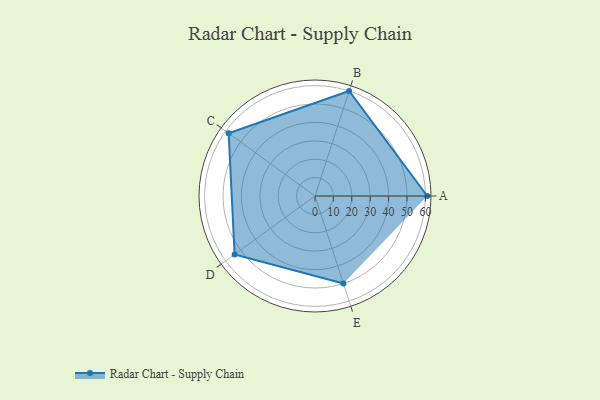
{"axis": {"x": "Skill", "y": "Score"}, "legend": ["Profile"], "data": [{"x": "A", "y": 61.0, "type": "Profile"}, {"x": "B", "y": 60.0, "type": "Profile"}, {"x": "C", "y": 58.0, "type": "Profile"}, {"x": "D", "y": 54.0, "type": "Profile"}, {"x": "E", "y": 50.0, "type": "Profile"}]}